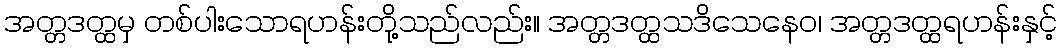
အတ္တဒတ္ထမှ တစ်ပါးသောရဟန်းတို့သည်လည်း။ အတ္တဒတ္ထသဒိသေနေဝ၊ အတ္တဒတ္ထရဟန်းနှင့်